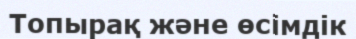
Топырақ және өсімдік